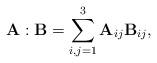
LaTeX: \begin{align*}\mathbf{A}: \mathbf{B}=\sum_{i,j=1}^3\mathbf{A}_{ij}\mathbf{B}_{ij},\end{align*}